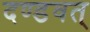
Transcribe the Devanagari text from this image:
दण्डवत्‌